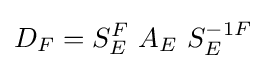
D_{F}=S_{E}^{F}\ A_{E}\ S_{E}^{-1F}